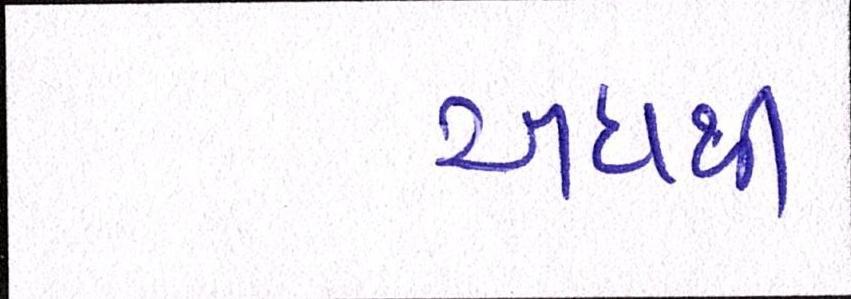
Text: અદાથી